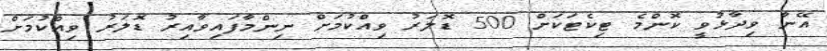
އޭނާ ވިދާޅުވީ ކޮންމެ ޓިކެޓަކަށް 500 ޑޮލަރު ވިއްކުމަށް ނިންމާފައިވާއިރު ޑޮލަރު ވިއްކުމަށް